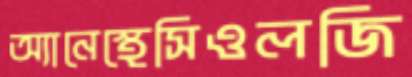
অ্যানেস্থেসিওলজি